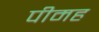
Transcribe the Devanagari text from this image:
पीमह